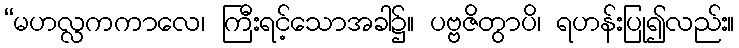
“မဟလ္လကကာလေ၊ ကြီးရင့်သောအခါ၌။ ပဗ္ဗဇိတွာပိ၊ ရဟန်းပြု၍လည်း။